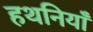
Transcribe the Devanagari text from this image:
हथनियाँ